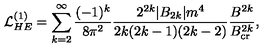
{ \cal L } _ { H E } ^ { ( 1 ) } = \sum _ { k = 2 } ^ { \infty } { \frac { ( - 1 ) ^ { k } } { 8 \pi ^ { 2 } } } { \frac { 2 ^ { 2 k } \vert B _ { 2 k } \vert m ^ { 4 } } { 2 k ( 2 k - 1 ) ( 2 k - 2 ) } } { \frac { B ^ { 2 k } } { B _ { \mathrm { c r } } ^ { 2 k } } } ,